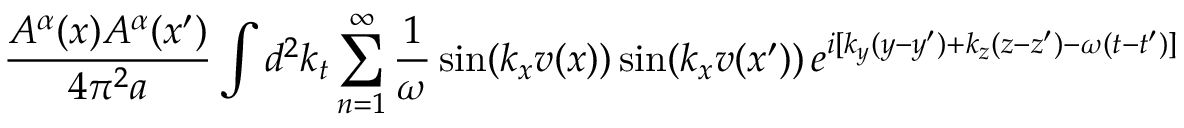
\frac { A ^ { \alpha } ( x ) A ^ { \alpha } ( x ^ { \prime } ) } { 4 \pi ^ { 2 } a } \int d ^ { 2 } k _ { t } \sum _ { n = 1 } ^ { \infty } \frac { 1 } { \omega } \sin ( k _ { x } v ( x ) ) \sin ( k _ { x } v ( x ^ { \prime } ) ) \, e ^ { i [ k _ { y } ( y - y ^ { \prime } ) + k _ { z } ( z - z ^ { \prime } ) - \omega ( t - t ^ { \prime } ) ] }